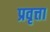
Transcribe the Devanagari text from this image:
प्रवृत्ता